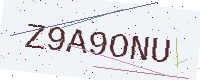
Text: Z9A9ONU